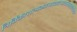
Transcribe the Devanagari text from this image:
निर्विकारात्मकात्सत्वादभावस्तत्राद्यविक्रिया